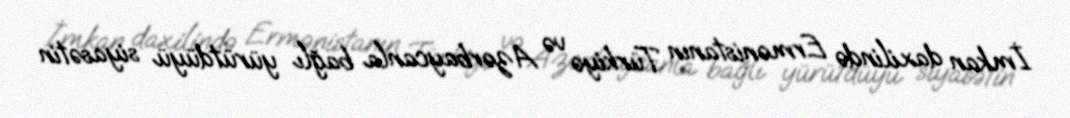
İmkan daxilində Ermənistanın Türkiyə və Azərbaycanla bağlı yürütdüyü siyasətin